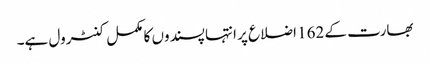
بھارت کے 162 اضلاع پر انتہا پسندوں کا مکمل کنٹرول ہے۔